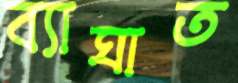
ব্যাঘাত